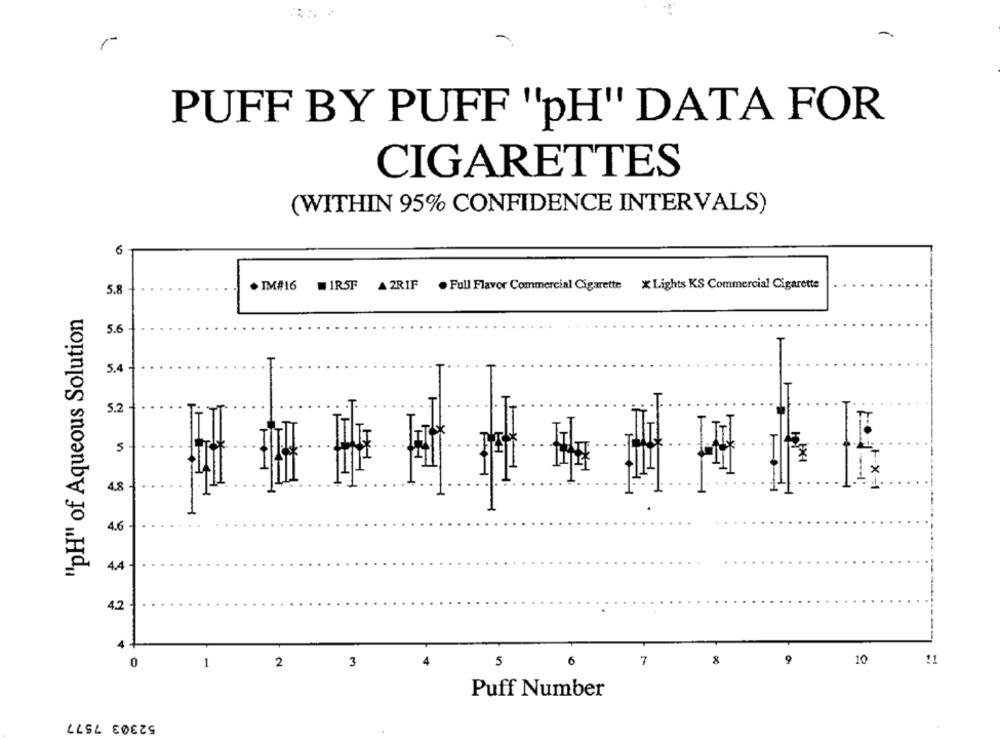
PUFF BY PUFF "pH" DATA FOR
CIGARETTES
(WITHIN 95% CONFIDENCE INTERVALS)
6
. IM#16
1R5F
A 2RIF
. Full Flavor Commercial Cigarette X Lights KS Commercial Cigarette
5.8
"pH" of Aqueous Solution
5.6
5.4
5.2
×
4.8
4.6
4.4
4.2
6
7
8
9
10
11
0
1
2
3
5
Puff Number
52303 7577